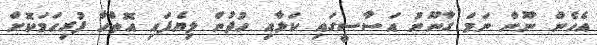
އެހެން ނޫން ނަމަ ގާނޫނު އަސާސީގައި ކަޅާއި ހުދުން ލިޔެފައި އޮތްހާ ފުރިހަމަކޮށް